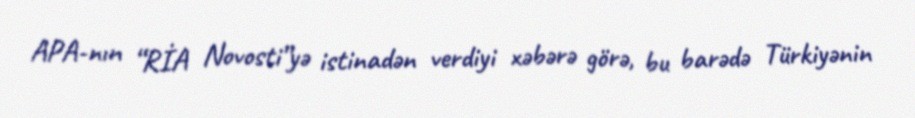
APA-nın “RİA Novosti”yə istinadən verdiyi xəbərə görə, bu barədə Türkiyənin